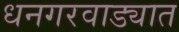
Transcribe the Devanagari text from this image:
धनगरवाड्यात